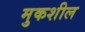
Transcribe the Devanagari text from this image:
मुकशील